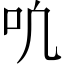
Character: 𫩓